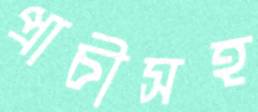
প্রাচীসহ